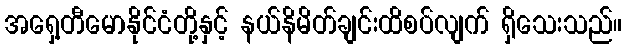
အရှေ့တီမောနိုင်ငံတို့နှင့် နယ်နိမိတ်ချင်းထိစပ်လျက် ရှိသေးသည်။